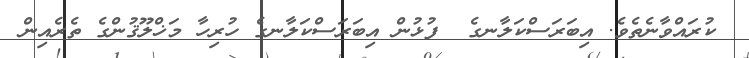
ކުރައްވާނެތެވެ. އިބަރަސްކަލާނގެ  ފުޅުން އިބަރަސްކަލާނގެ ހުރިހާ މަޚްލޫޤުންގެ ތެރެއިން